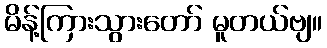
မိန့်ကြားသွားတော် မူတယ်ဗျ။